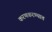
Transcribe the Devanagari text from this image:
करणकरण्यात